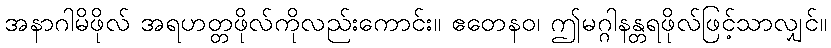
အနာဂါမိဖိုလ် အရဟတ္တဖိုလ်ကိုလည်းကောင်း။ ဧတေနဝ၊ ဤမဂ္ဂါနန္တရဖိုလ်ဖြင့်သာလျှင်။